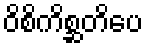
ဝိစိကိစ္ဆတိပေ